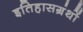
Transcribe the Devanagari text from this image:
इतिहासग्रंथों